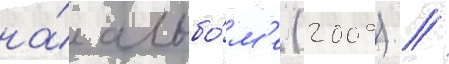
на́ альбо́м'е (2009) /